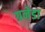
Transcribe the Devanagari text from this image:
ग्रनेडा